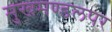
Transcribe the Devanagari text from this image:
मुखमण्डलपर